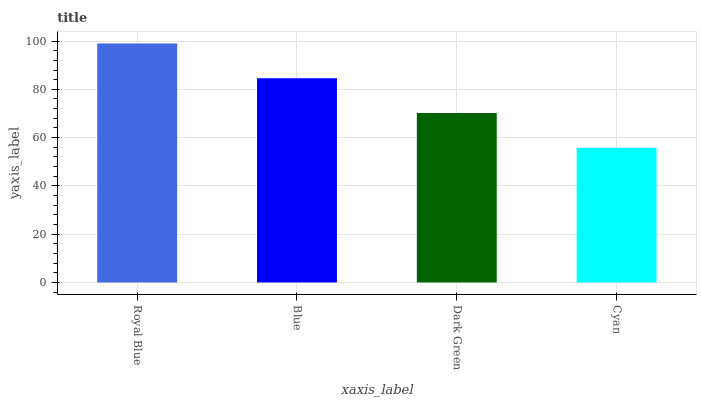
| xaxis_label | bars |
 | --- | --- |
 | Royal Blue | 99 |
 | Blue | 84.6 |
 | Dark Green | 70.2 |
 | Cyan | 55.8 |